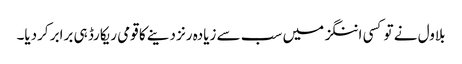
بلاول نے تو کسی اننگز میں سب سے زیادہ رنز دینے کا قومی ریکارڈ ہی برابر کردیا۔